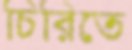
চিরিতে